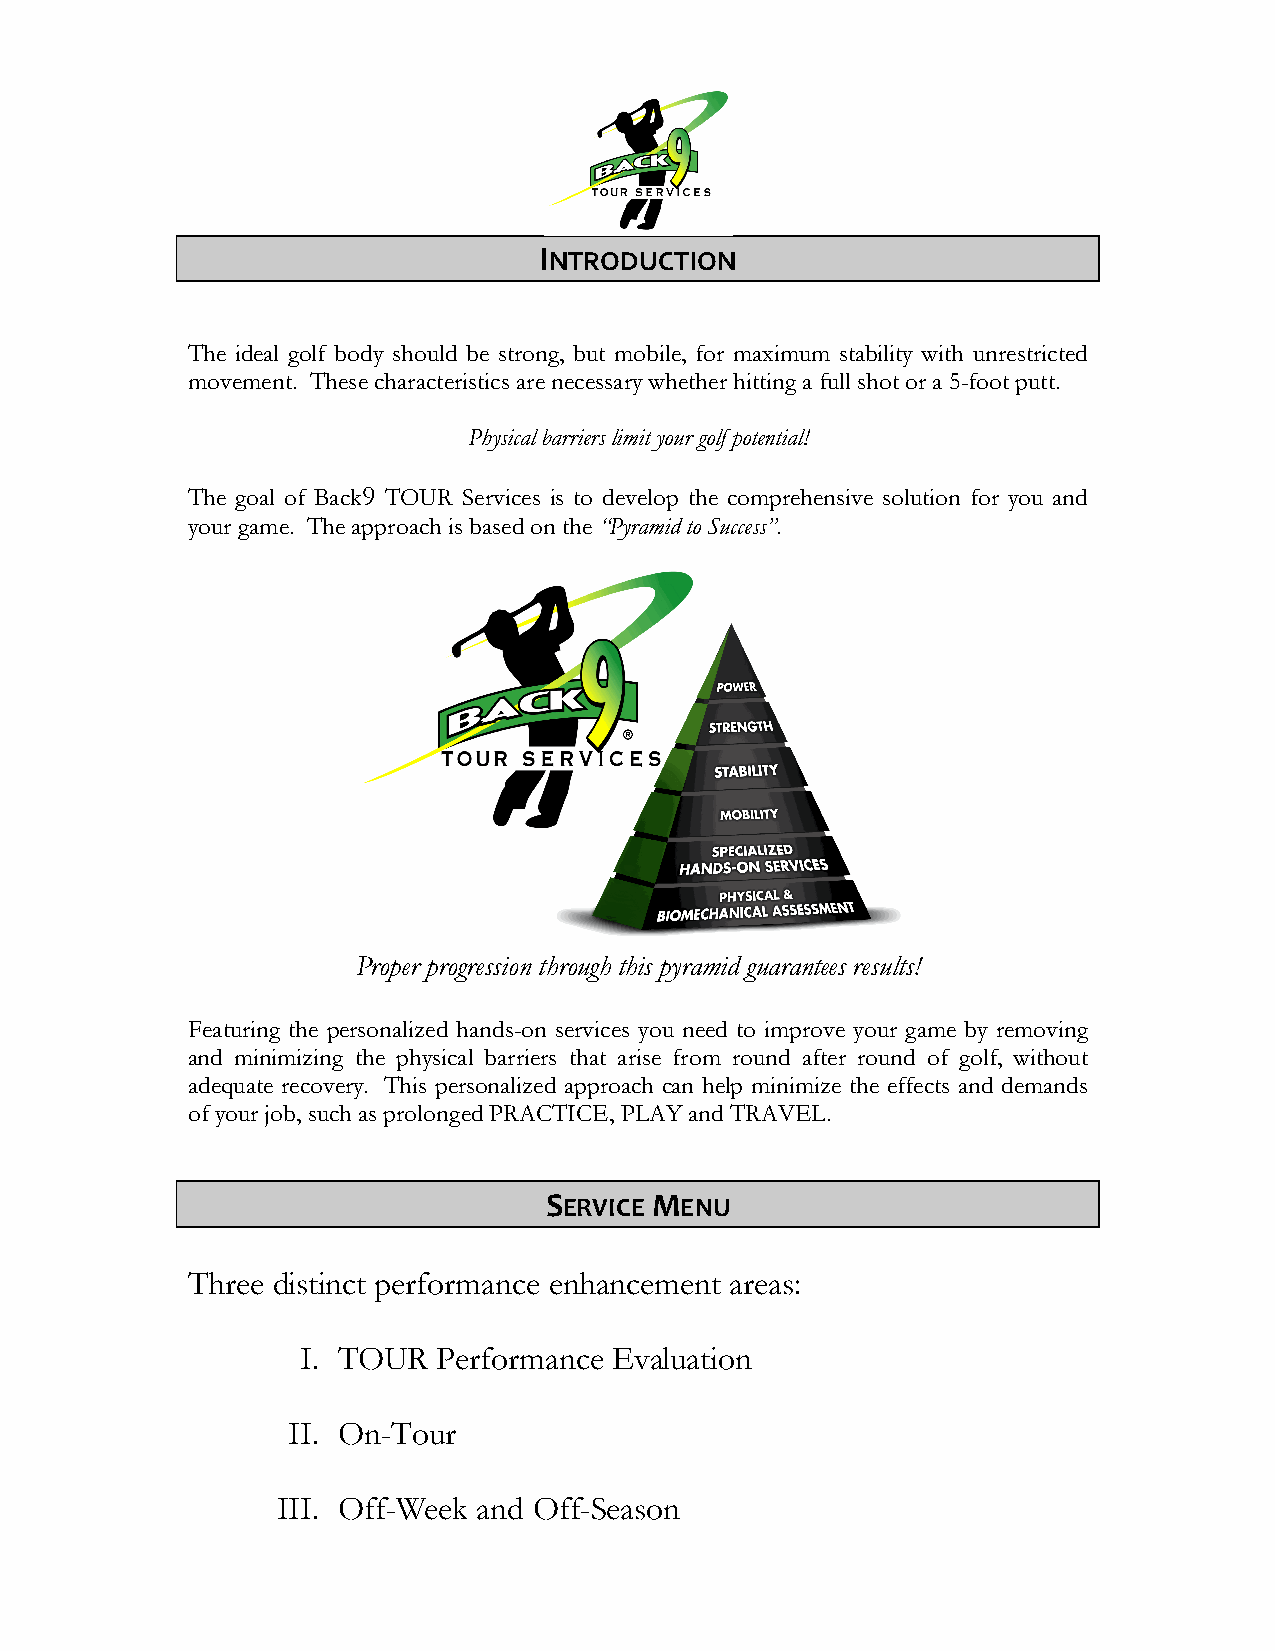
INTRODUCTION
 The ideal golf body should be strong, but mobile, for maximum stability with unrestricted
 movement. These characteristics are necessary whether hitting a full shot or a 5-foot putt.
 Physical barriers limit your golf potential!
 The goal of Back9 TOUR Services is to develop the comprehensive solution for you and
 your game. The approach is based on the “Pyramid to Success”.
 Proper progression through this pyramid guarantees results!
 Featuring the personalized hands-on services you need to improve your game by removing
 and minimizing the physical barriers that arise from round after round of golf, without
 adequate recovery. This personalized approach can help minimize the effects and demands
 of your job, such as prolonged PRACTICE, PLAY and TRAVEL.
 SERVICE MENU
 Three distinct performance enhancement areas:
 I. TOUR  Performance Evaluation
 II. On-Tour
 III. Off-Week and Off-Season